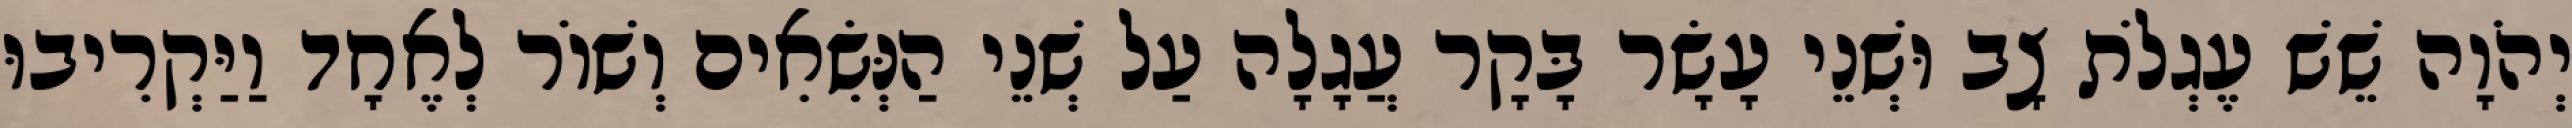
יְהֹוָה שֵׁשׁ עֶגְלֹת צָב וּשְׁנֵי עָשָׂר בָּקָר עֲגָלָה עַל שְׁנֵי הַנְּשִׂאִים וְשׁוֹר לְאֶחָד וַיַּקְרִיבוּ